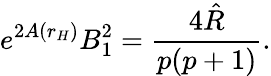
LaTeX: e^{2A(r_{H})}B_{1}^{2}=\frac{4\hat{R}}{p(p+1)}.